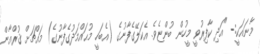
މާނައަކީ:- "އަދި ކާފިރުވީ މީހުން ބުންޏެވެ. އެކަލޭގެފާނުގެ (އެބަހީ މުޙައްމަދުގެފާނުގެ) މައްޗަށް ޤުރްއާން